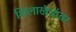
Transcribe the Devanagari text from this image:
शिलाखंडांवर